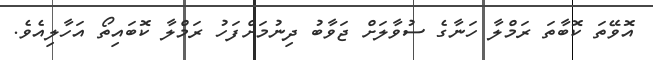
އޮވޭތަ ކޮބާތަ ރަމްލާ ހަނާގެ ސުވާލަށް ޖަވާބު ދިނުމަށްފަހު ރަމްލާ ކޮބައިތޯ އަހާލިއެވެ.